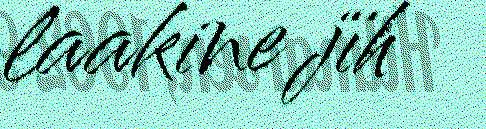
laakine jïh